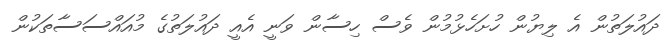
ދައުލަތުން އެ ލިޔުން ހުށަހެޅުމުން ވެސް ހިސާން ވަނީ އެއީ ދައުލަތުގެ މުއައްސަސާތަކުން